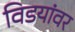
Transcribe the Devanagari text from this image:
विडयांवर